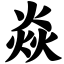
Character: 焱